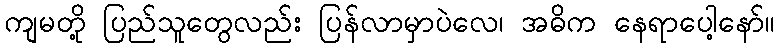
ကျမတို့ ပြည်သူတွေလည်း ပြန်လာမှာပဲလေ၊ အဓိက နေရာပေါ့နော်။